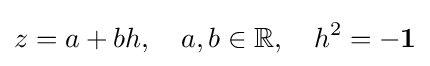
z=a+bh,\quad a,b\in \mathbb {R} ,\quad h^{2}=-\mathbf {1}